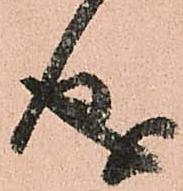
成